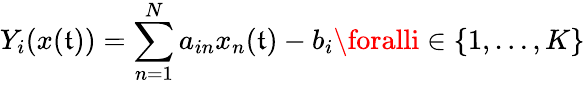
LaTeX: Y_{i}(x(\mathfrak{t}))=\sum_{n=1}^{N}a_{in}x_{n}(\mathfrak{t})-b_{i}{\mathrm{{}}}\foralli\in\{ 1,\ldots,K\}